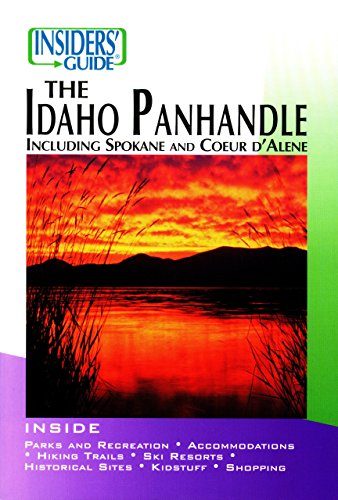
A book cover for Insiders' Guide to Idaho Panhandle; Ellie Emmanuel; Travel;